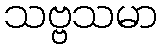
သဗ္ဗသမာ